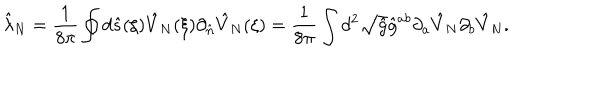
{ \hat { \lambda } _ { N } } = { \frac { 1 } { 8 \pi } } \oint { d } \hat { s } ( \xi ) { \hat { V } _ { N } } ( \xi ) { \partial _ { \hat { n } } } { \hat { V } _ { N } } ( \xi ) = { \frac { 1 } { 8 \pi } } \int { d ^ { 2 } } \sqrt { \hat { g } } { \hat { g } ^ { a b } } { \partial _ { a } } { \hat { V } _ { N } } { \partial _ { b } } { \hat { V } _ { N } } .